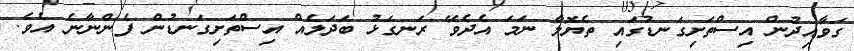
ގަވާއިދުން އިސްތަށިގަނޑުގައި ތެޔޮލާ ނަމަ އެދެވޭ ރަނގަޅު ބަދަލެއް އިސްތަށިގަނޑުން ފެންނާނެ އެވެ.